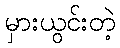
မှားယွင်းတဲ့